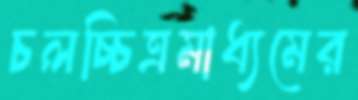
চলচ্চিত্রমাধ্যমের